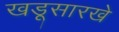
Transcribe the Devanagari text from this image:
खडूसारखे